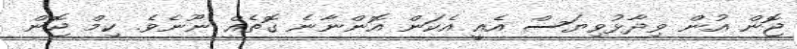
ޖޮން އުން ވިދާޅުވިޔަސް އެއީ އެކަން އޮންނާނެ ގޮތެއް ނޫނެވެ. ކިމް ޖޮން